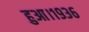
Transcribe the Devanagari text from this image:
हुआ।१९३६